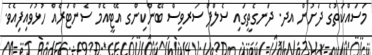
މަސައްކަތުގެ ދަށުން އދ. ދަނގެތީގައި ސެލްފް ސަރވިސް ބޭންކިންގ އޭޓީއެމް ސެންޓަރެއް ހުޅުވައިފިއެެވެ.